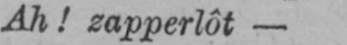
Ah! zapperlôt-